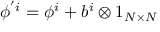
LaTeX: \phi ^ { ' i } = \phi ^ { i } + b ^ { i } \otimes 1 _ { N \times N }